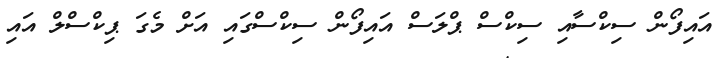
އައިފޯން ސިކްސާއި ސިކްސް ޕްލަސް އައިފޯން ސިކްސްގައި އަށް މެގަ ޕިކްސްލް އައި